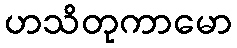
ဟသိတုကာမော